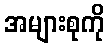
အများစုကို